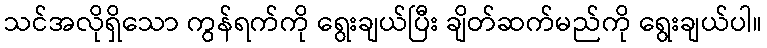
သင်အလိုရှိသော ကွန်ရက်ကို ရွေးချယ်ပြီး ချိတ်ဆက်မည်ကို ရွေးချယ်ပါ။